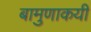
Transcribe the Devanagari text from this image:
बामुणाकयी